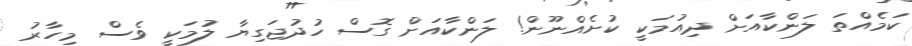
ކަމެއްތަ ލަންކާއަށް ދިއުމަކީ ކުށެއްނޫން! ލަންކާއަށް ގޮސް ހުދުޖަގިޔާ ލުމަކީ ވެސް މިހާރު